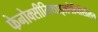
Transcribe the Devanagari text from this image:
फेनोक्सीमिथाइलपेनिसिलिन